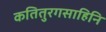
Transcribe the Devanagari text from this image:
कतितुरगसाहिनि